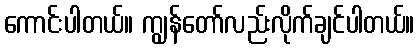
ကောင်းပါတယ်။ ကျွန်တော်လည်းလိုက်ချင်ပါတယ်။